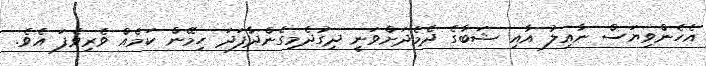
އެހެންވިޔަސް ނާއިލު އާއި ޝަބާގެ ދެމެދަށްވަނީ ދިގުދެމިގެންދާފަދަ ހިމޭން ކަމެއް ވެރިވެފަ އެވެ.